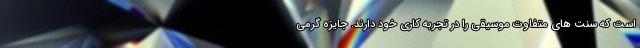
است که سنت های متفاوت موسیقی را در تجربه کاری خود دارند. جایزه گرمی